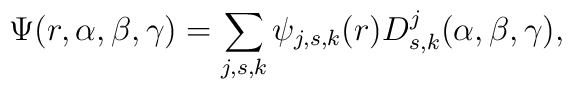
\Psi(r,\alpha,\beta,\gamma)=\sum_{j,s,k}\psi_{j,s,k}(r)D_{s,k}^j(\alpha,\beta,\gamma),